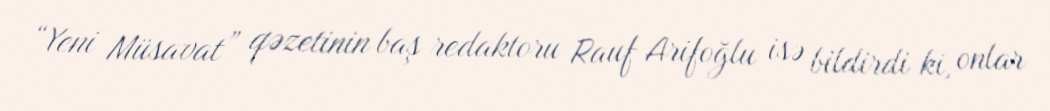
“Yeni Müsavat” qəzetinin baş redaktoru Rauf Arifoğlu isə bildirdi ki, onlar